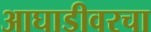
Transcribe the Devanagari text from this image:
आघाडीवरचा